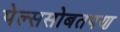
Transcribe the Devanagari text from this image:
पेल्ससोबतपण